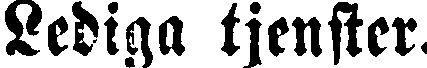
Lediga tjenster.